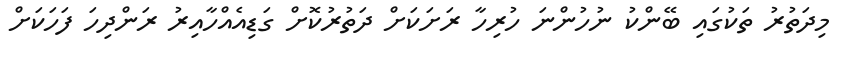
މިދަތުރު ތަކުގައި ބޭންކު ނުހުންނަ ހުރިހާ ރަށަކަށް ދަތުރުކޮށް ގަޑިއެއްހާއިރު ރަންދިހަ ފަހަކަށް